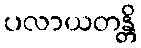
ပလာယတန္တိ